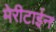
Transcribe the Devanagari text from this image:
मेरीटाईन